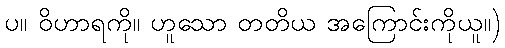
ပ။ ဝိဟာရကို။ ဟူသော တတိယ အကြောင်းကိုယူ။)